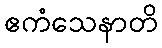
ဧကံသေနာတိ